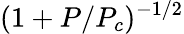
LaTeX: (1+P/P_{c})^{-1/2}